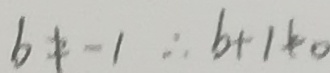
b \neq - 1 \therefore b + 1 \neq 0